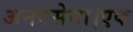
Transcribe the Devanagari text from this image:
अनगसेना।एक